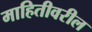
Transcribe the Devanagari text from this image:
माहितीवरील